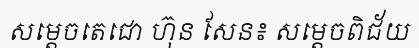
សម្តេចតេជោ ហ៊ុន សែន៖ សម្តេចពិជ័យ